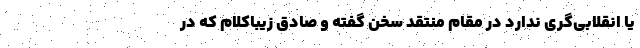
یا انقلابی‌گری ندارد در مقام منتقد سخن گفته و صادق زیباکلام که در